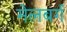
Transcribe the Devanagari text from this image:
मेलबर्ग